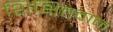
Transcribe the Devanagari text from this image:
शिक्षितवान